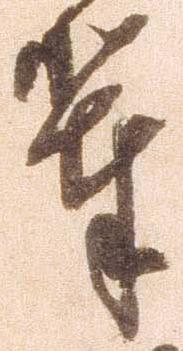
輩